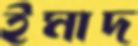
ইমাদ